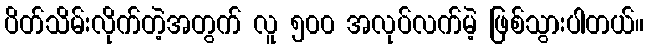
ပိတ်သိမ်းလိုက်တဲ့အတွက် လူ ၅၀၀ အလုပ်လက်မဲ့ ဖြစ်သွားပါတယ်။